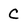
Character: C